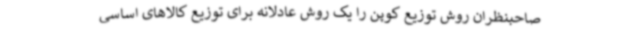
صاحبنظران روش توزیع کوپن را یک روش عادلانه برای توزیع کالاهای اساسی